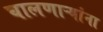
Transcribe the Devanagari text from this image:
घालणाऱ्यांना